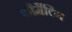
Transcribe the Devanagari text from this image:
फौर्मैटिंग